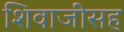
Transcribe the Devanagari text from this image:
शिवाजीसह